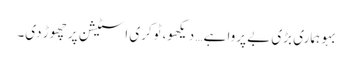
بہو ہماری بڑی بے پروا ہے… دیکھو، ٹوکری اسٹیشن پر چھوڑ دی۔